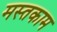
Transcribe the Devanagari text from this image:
मस्तकाम